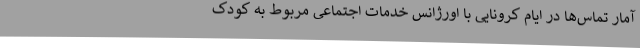
آمار تماس‌ها در ایام کرونایی با اورژانس خدمات اجتماعی مربوط به کودک